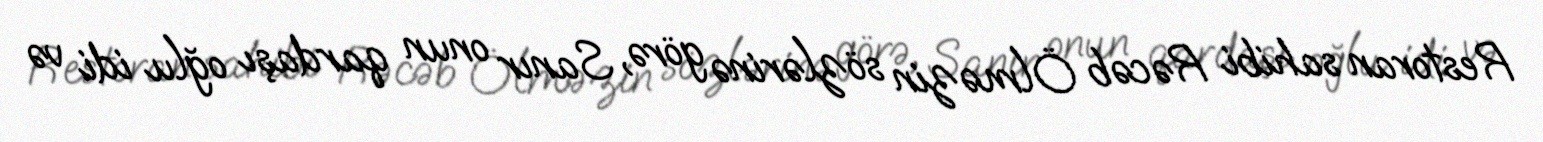
Restoran sahibi Rəcəb Ölməzin sözlərinə görə, Sanır onun qardaşı oğlu idi və